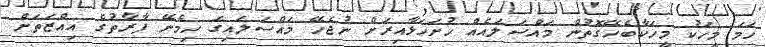
ހަމަ މީހަކު މީހަކާބެހޭގޮތުން މައްސަލައެއް ހުށަހަޅާއިރަށް ނުޖެހޭ މައްސަލައިގަ ހިމެނޭ ފާރާތުގެ އިއްޒަތަށް